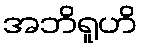
အဘိရူဟိ